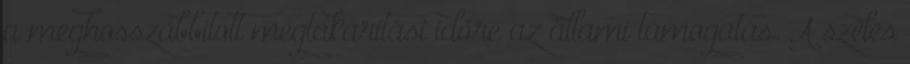
a meghosszabbított megtakarítási időre az állami támogatás. A széles